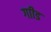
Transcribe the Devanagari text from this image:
गाीड